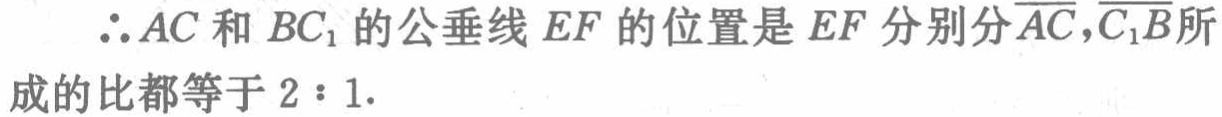
\(\therefore AC\)和\(BC_{1}\)的公垂线\(EF\)的位置是\(EF\)分别分\(\overline{AC},\overline{C_{1}B}\)所成的比都等于\(2:1\).